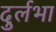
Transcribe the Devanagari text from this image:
दुर्लभा